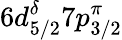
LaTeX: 6d_{5/2}^{\delta}7p_{3/2}^{\pi}